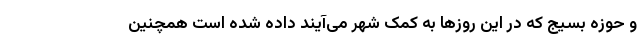
و حوزه بسیج که در این روزها به کمک شهر می‌آیند داده شده است همچنین